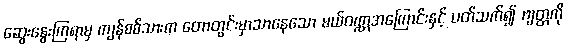
ဆွေးနွေးကြရာမှ ကျန်စစ်သားက တောတွင်းမှာသာနေသော မယ်ဝဏ္ဏအကြောင်းနှင့် ပတ်သက်၍ ဗျတ္တကို